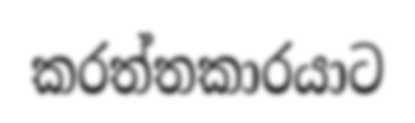
කරත්තකාරයාට